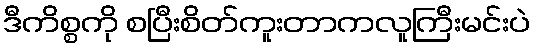
ဒီကိစ္စကို စပြီးစိတ်ကူးတာကလူကြီးမင်းပဲ